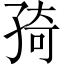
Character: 𭓊